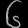
Digit: ၆